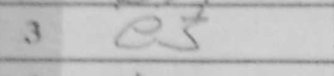
Transcription: e3